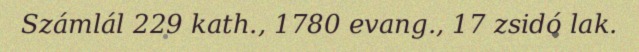
Számlál 229 kath., 1780 evang., 17 zsidó lak.